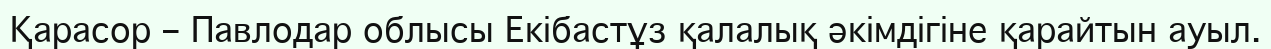
Қарасор – Павлодар облысы Екібастұз қалалық әкімдігіне қарайтын ауыл.